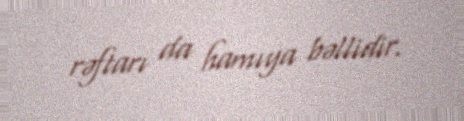
rəftarı da hamıya bəllidir.